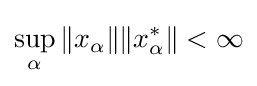
\sup _{\alpha }\|x_{\alpha }\|\|x_{\alpha }^{*}\|<\infty